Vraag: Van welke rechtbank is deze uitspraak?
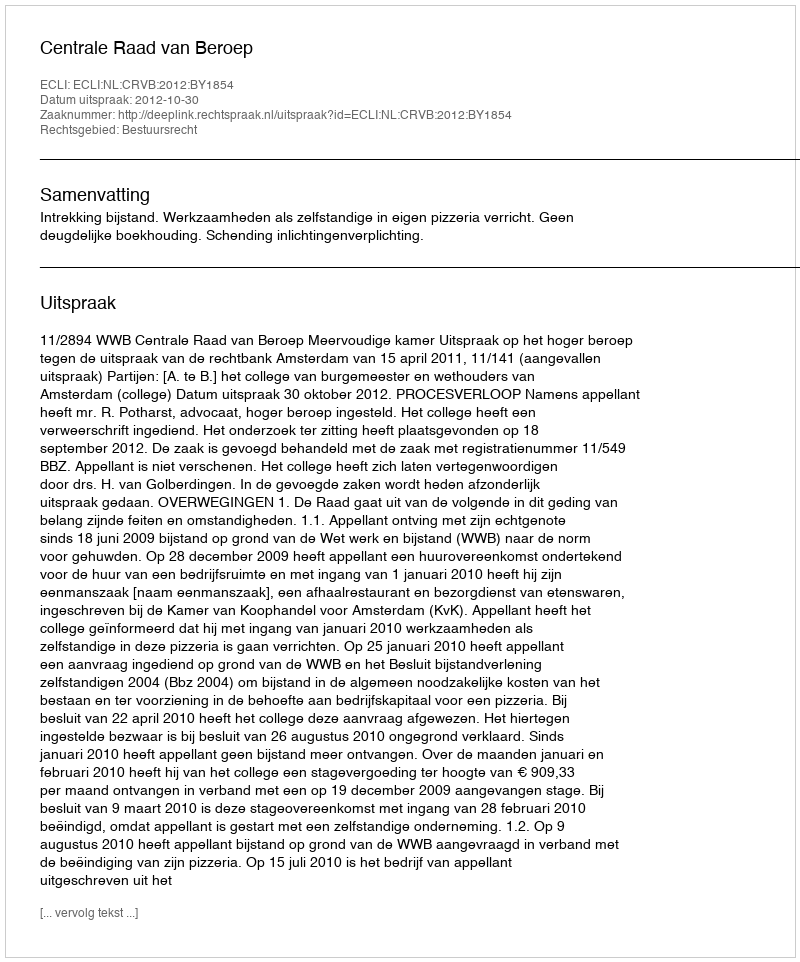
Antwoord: Centrale Raad van Beroep